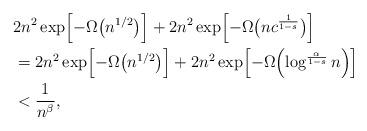
LaTeX: \begin{align*}& 2n^2\exp\Bigl[-\Omega\bigl(n^{1/2}\bigr)\Bigr]+2n^2\exp\Bigl[-\Omega\bigl( nc^{ \frac{1}{1-s}}\bigr)\Bigr]\\&=2n^2\exp\Bigl[-\Omega\bigl(n^{1/2}\bigr)\Bigr]+2n^2\exp\Bigl[-\Omega\Bigl( \log^{ \frac{\alpha}{1-s}}n\Bigr)\Bigr]\\&< \frac{1}{n^\beta},\end{align*}